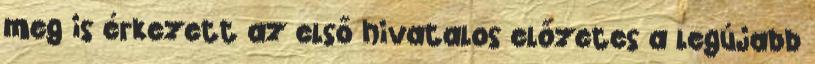
meg is érkezett az első hivatalos előzetes a legújabb